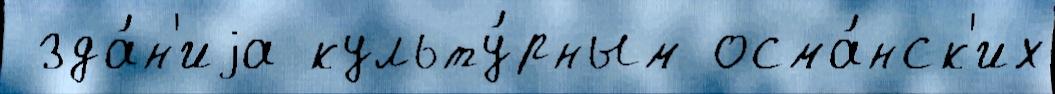
 зда́н'иjа культу́рным осма́нск'их